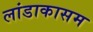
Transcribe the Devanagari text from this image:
लांडाकासम